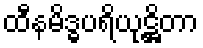
ထီနမိဒ္ဓပရိယုဋ္ဌိတာ